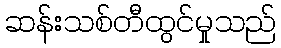
ဆန်းသစ်တီထွင်မှုသည်